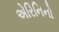
એરિનિનો